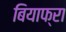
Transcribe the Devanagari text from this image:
बियाफ्रा